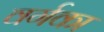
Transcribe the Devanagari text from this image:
वर्गका